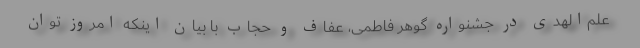
علم‌الهدی در جشنواره گوهر فاطمی، عفاف و حجاب با بیان اینکه امروز توان